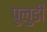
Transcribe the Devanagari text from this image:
पुलुडी